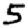
Digit: 5